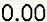
0.00